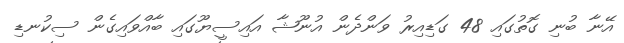
އޭނާ ބުނި ގޮތުގައި 48 ގަޑިއިރު ވަންދެން އުނޫޝާ އައިސީޔޫގައި ބާއްވައިގެން ސިކުނޑި